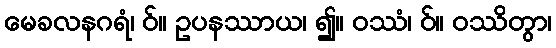
မေခလနဂရံ၊ ဝ်။ ဥပနဿာယ၊ ၍။ ဝဿံ၊ ဝ်။ ဝဿိတွာ၊